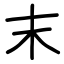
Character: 末